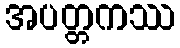
အပတ္တကဿ